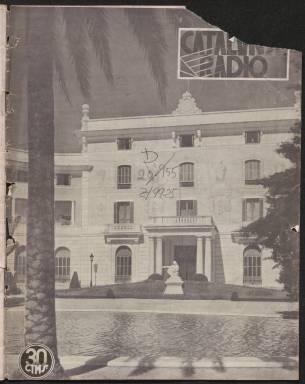
Título: Catalunya Ràdio
Colección: Comunicaciones
Ámbito geográfico: Barcelona
Lugar de publicación: Barcelona
Fechas: 25/03/1933-27/10/1934